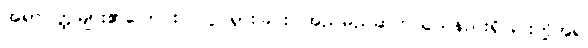
အရာဝတ္ထုများ၏ပြောင်းလဲလှုပ်ရှားခြင်း၊ အညမညဆက်သွယ်နည်းရှိခြင်းတို့အရ